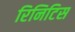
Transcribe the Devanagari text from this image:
रिनिटिस